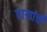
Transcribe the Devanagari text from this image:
वाऱ्यांची